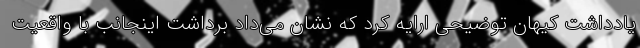
یادداشت کیهان توضیحی ارایه کرد که نشان می‌داد برداشت اینجانب با واقعیت